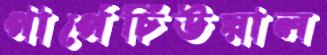
পার্পেচিউয়াল